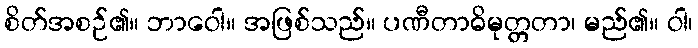
စိတ်အစဉ်၏။ ဘာဝေါ။ အဖြစ်သည်။ ပဏီတာဓိမုတ္တတာ၊ မည်၏။ ဝါ၊